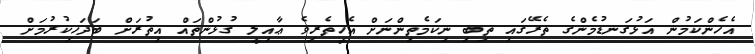
އެހެންކަމުން އަޅުގަނޑުމެންގެ ތެރޭގައި ތިބި ނިކަމެތިންނަށް އެހީތެރިވެ ޢާއިލީ ގުޅުންތައް އިތުރަށް ބަދަހިކުރުމަށް